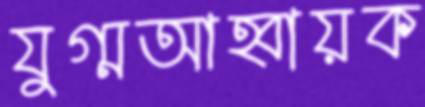
যুগ্মআহ্বায়ক